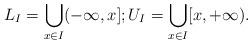
LaTeX: \begin{align*}L_I=\bigcup_{x\in I} (-\infty,x]; U_I=\bigcup_{x\in I} [x,+\infty).\end{align*}